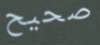
صحيح